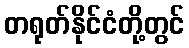
တရုတ်နိုင်ငံတို့တွင်